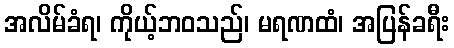
အလိမ်ခံရ၊ ကိုယ့်ဘဝသည်၊ မရဏထံ၊ အပြန်ခရီး